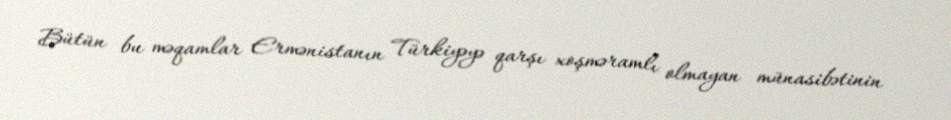
Bütün bu məqamlar Ermənistanın Türkiyəyə qarşı xoşməramlı olmayan münasibətinin